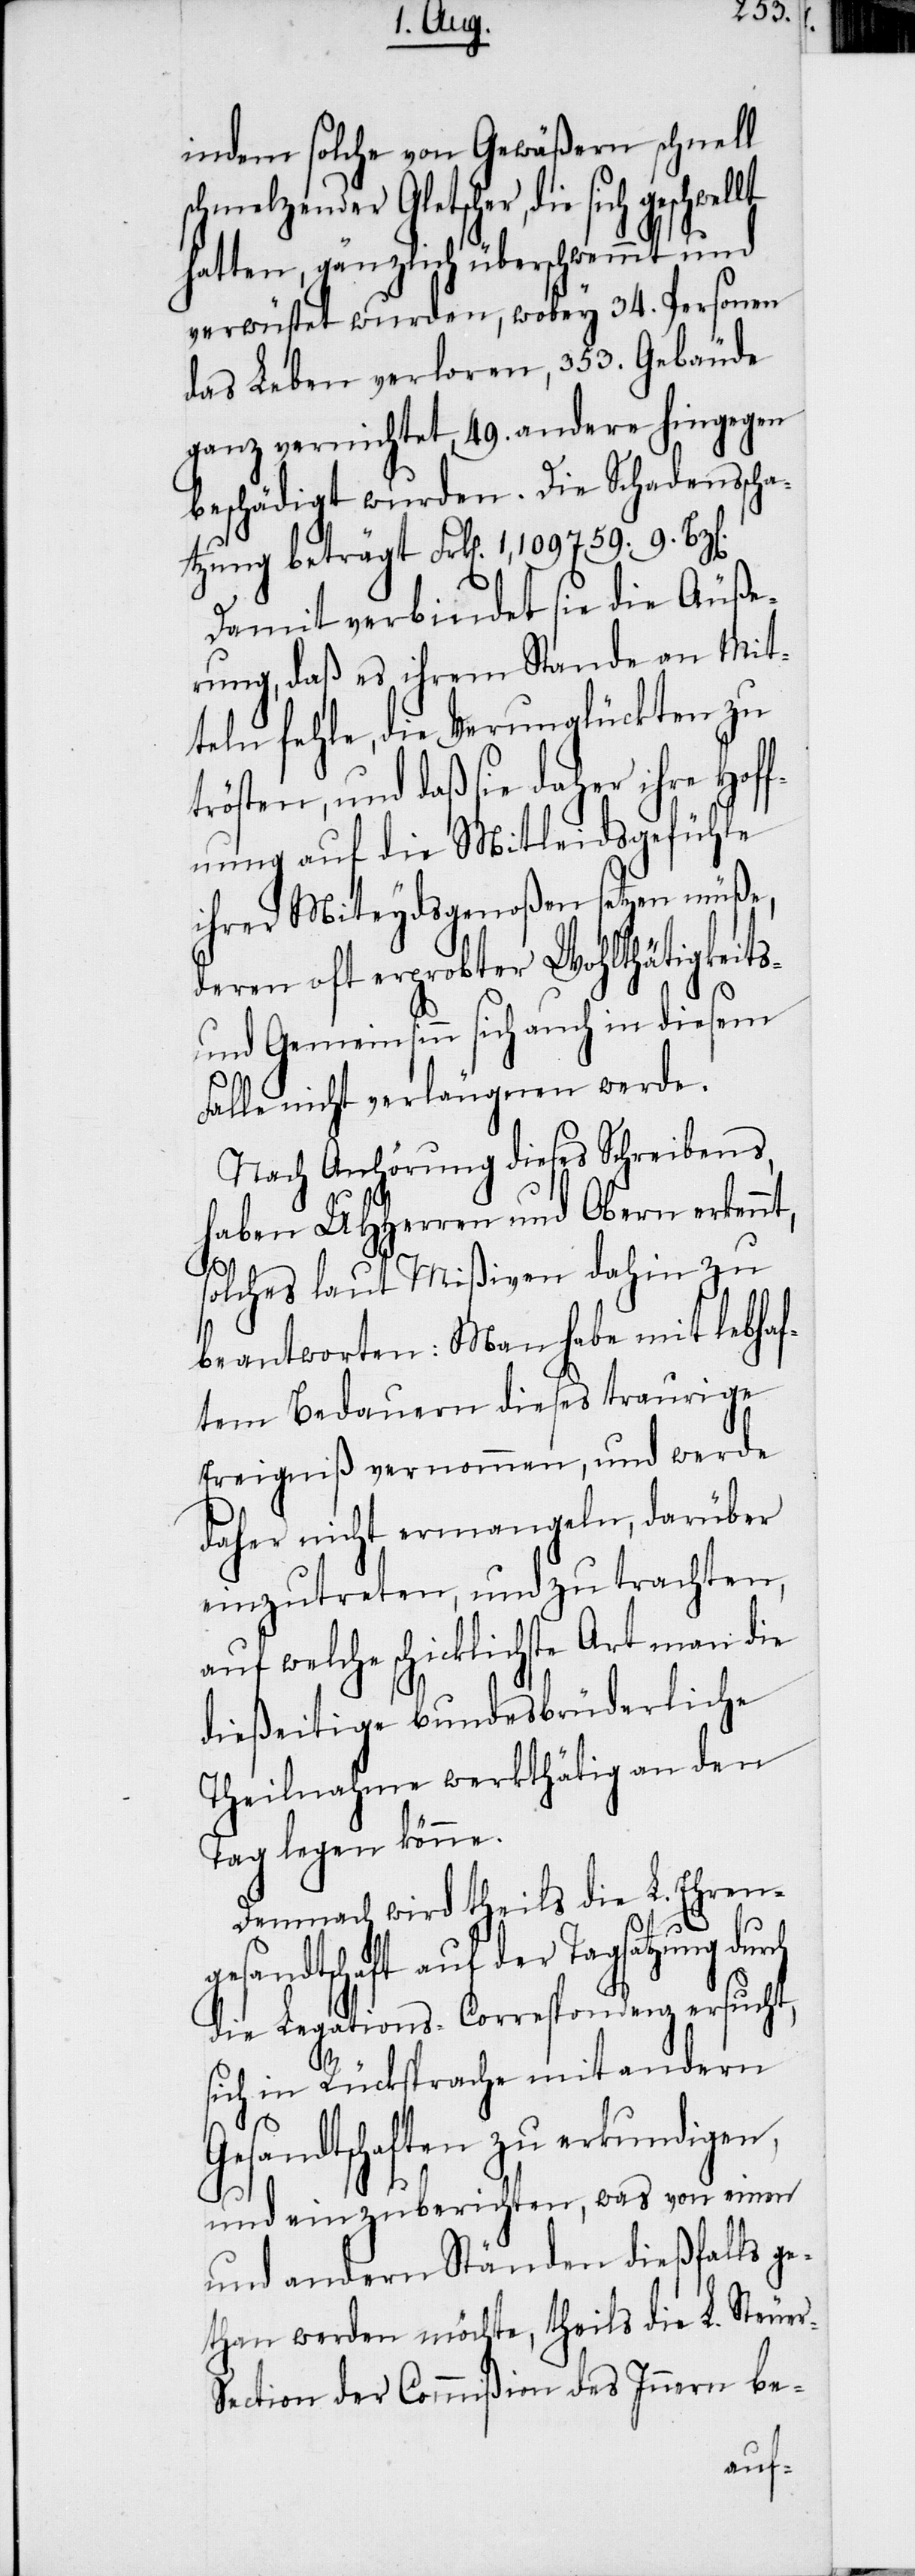
indem solche von Gewäßern schnell
schmelzender Gletscher, die sich
hatten, gänzlich überschwemmt und
verwüstet wurden, wobey 34. Personen
das Leben verloren, 356. Gebäude
ganz vernichtet, 49. andere hingegen
beschädigt wurden. Die Schadensscha¬
tzung beträgt Frk[en]. 1,109759. 9.
Damit verbindet sie die Äuße¬
rung, daß es ihrem Stande an Mit¬
teln fehle, die Verunglückten zu
trösten, und daß sie daher ihre Hof¬
fnung auf die Mitleidsgefühle
ihrer Miteydsgenoßen setzen müße,
deren oft erprobter Wohlthätigkeits-
und Gemeinsinn sich auch in diesem
Falle nicht verläugnen werde.
Nach Anhörung dieses Schreibens,
haben UHHerren und Obern erken¬
nt,
solches laut Mißiven dahin zu
beantworten: Man habe mit lebhaf¬
tem Bedauern dieses traurige
Ereigniß vernommen, und werde
daher nicht ermangeln, darüber
einzutreten, und zu trachten,
auf welche schicklichste Art man die
dießeitige bundesbrüderliche
Theilnahme werkthätig an den
Tag legen könne.
Demnach wird theils die L. Ehrenge¬
sandtschaft auf der Tagsatzung
die Legations-Correspondenz ersucht,
sich in Rücksprache mit andern
Gesandtschaften zu erkundigen,
und einzuberichten, was von einen
und andern Ständen dießfalls g¬
ethan werden möchte, theils die L. Steue¬
r-Section der Commißion des Innern be-